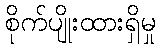
စိုက်ပျိုးထားရှိမှု